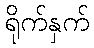
ရိုက်နှက်